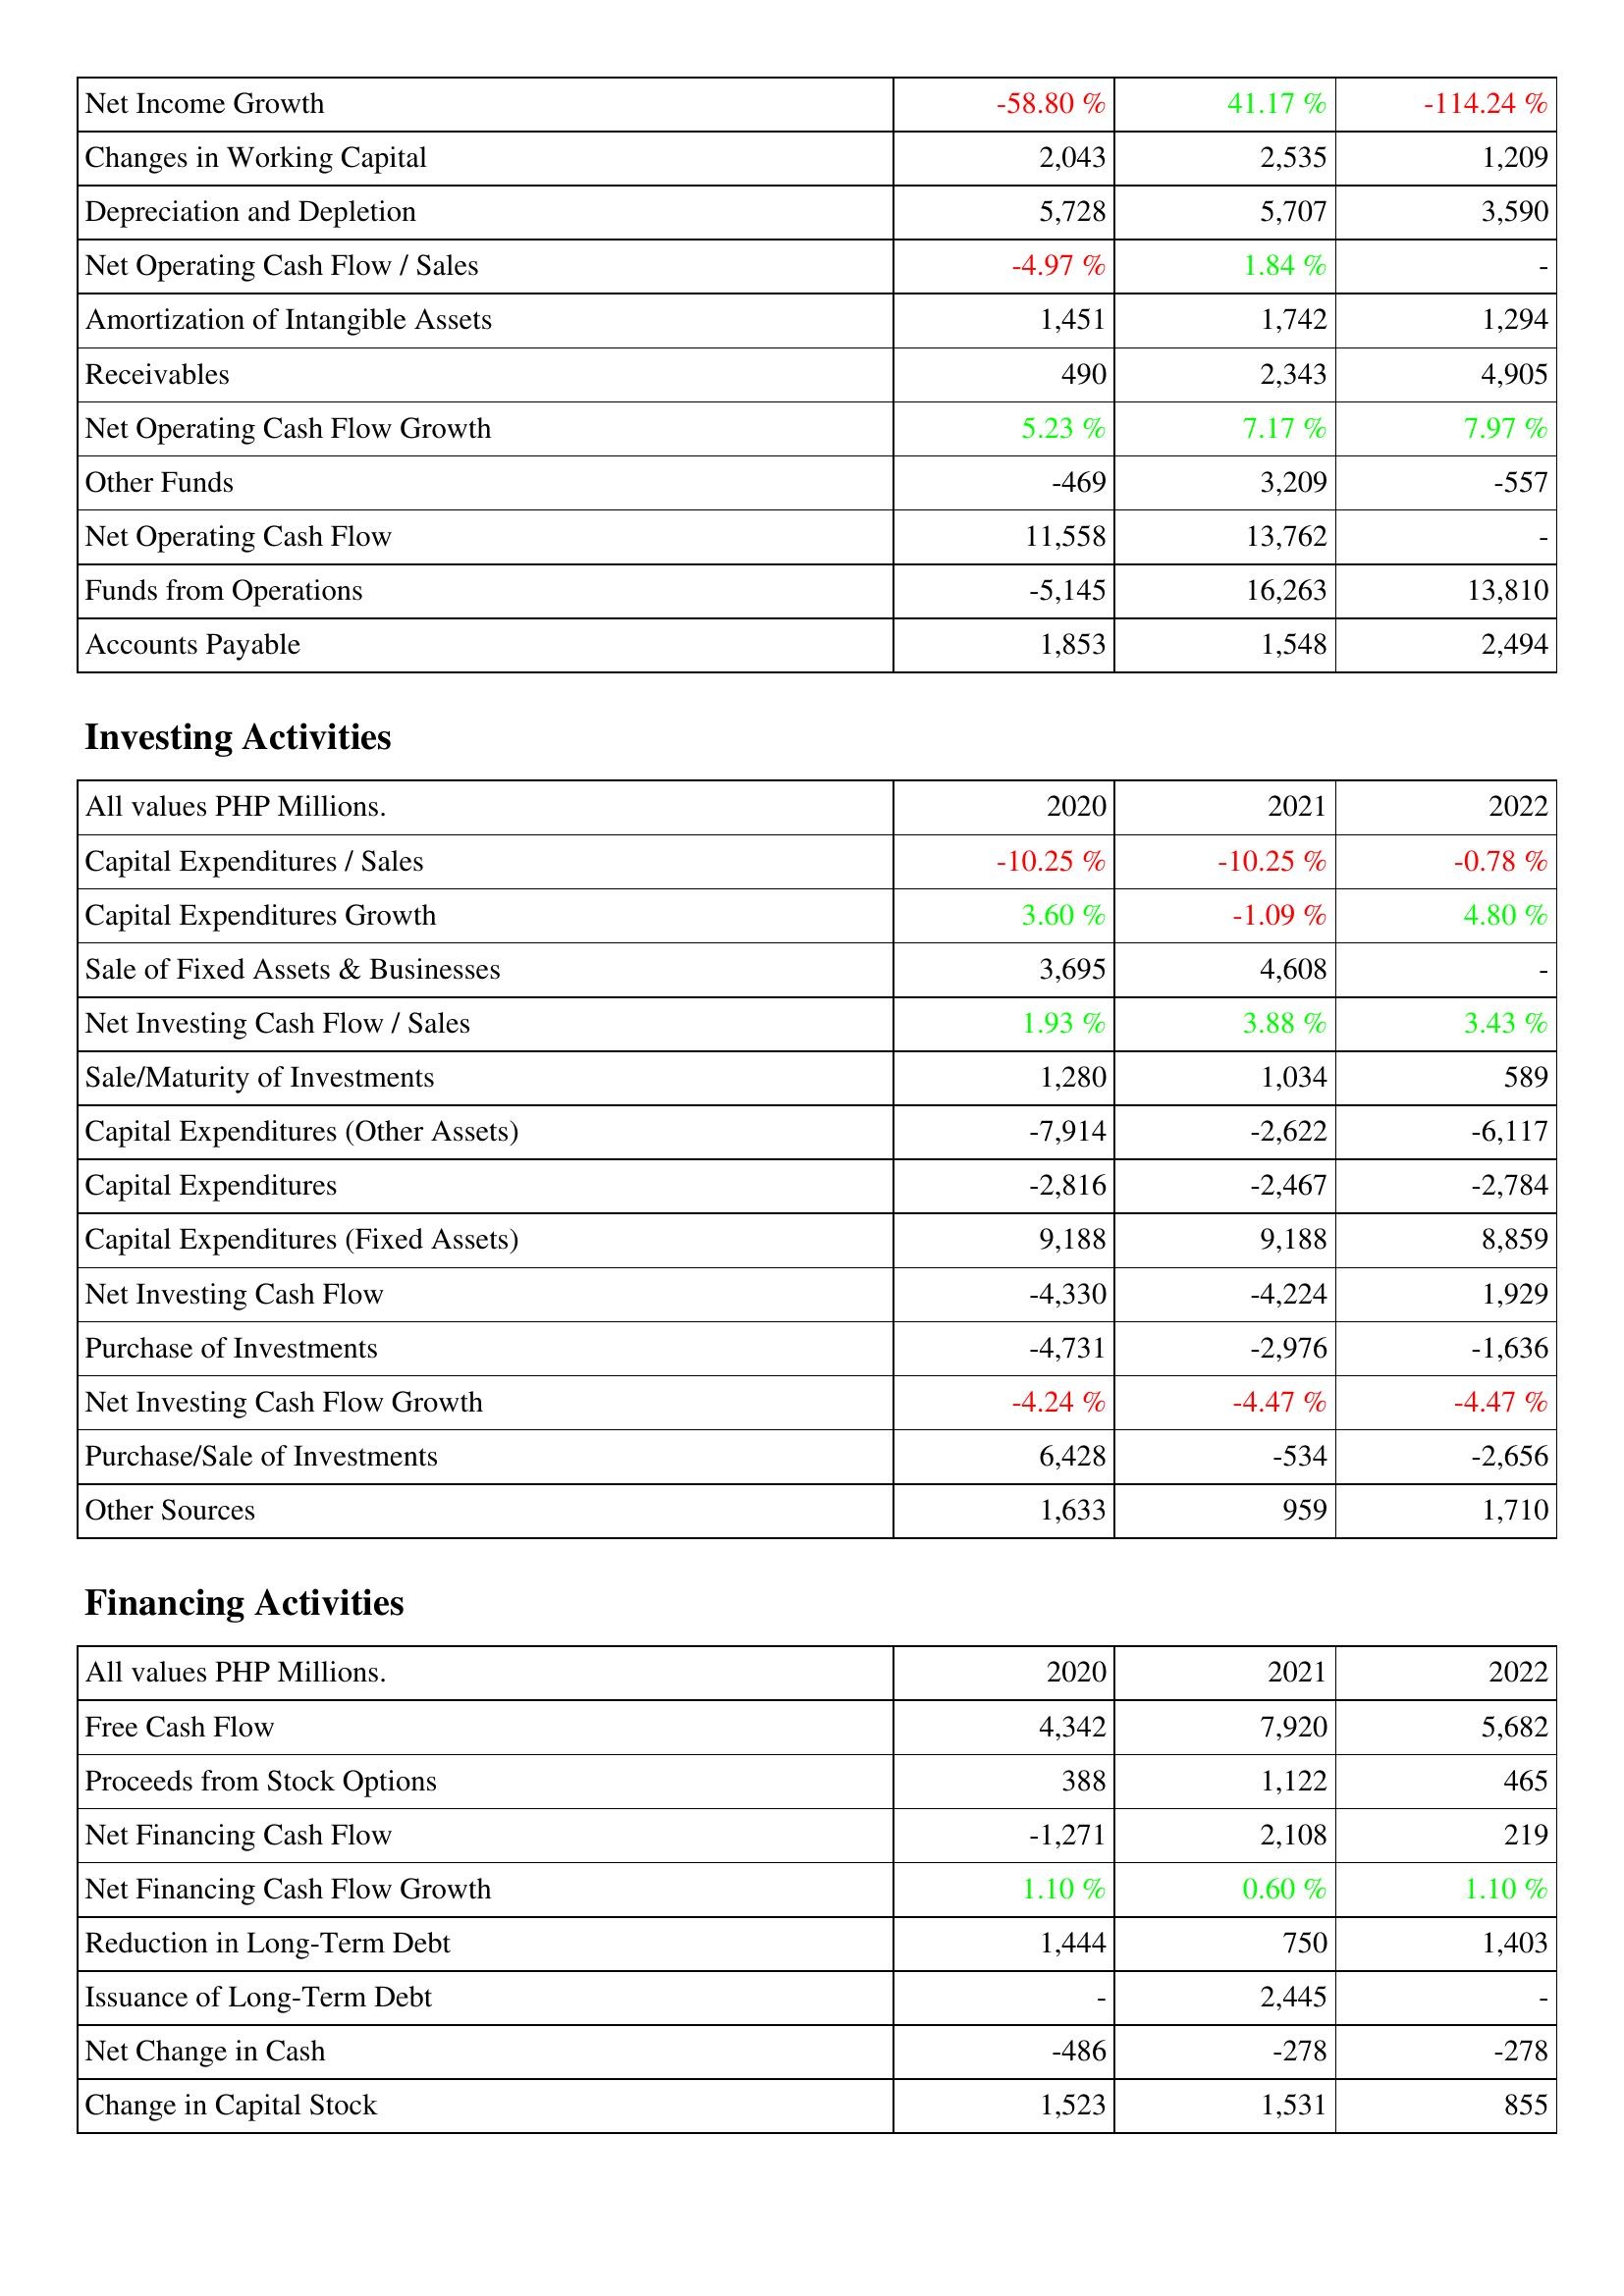
2020: Operating Activities: Net Income Growth: -58.80 %
Changes in Working Capital: 2,043
Depreciation and Depletion: 5,728
Net Operating Cash Flow / Sales: -4.97 %
Amortization of Intangible Assets: 1,451
Receivables: 490
Net Operating Cash Flow Growth: 5.23 %
Other Funds: -469
Net Operating Cash Flow: 11,558
Funds from Operations: -5,145
Accounts Payable: 1,853
Investing Activities: Capital Expenditures / Sales: -10.25 %
Capital Expenditures Growth: 3.60 %
Sale of Fixed Assets & Businesses: 3,695
Net Investing Cash Flow / Sales: 1.93 %
Sale/Maturity of Investments: 1,280
Capital Expenditures (Other Assets): -7,914
Capital Expenditures: -2,816
Capital Expenditures (Fixed Assets): 9,188
Net Investing Cash Flow: -4,330
Purchase of Investments: -4,731
Net Investing Cash Flow Growth: -4.24 %
Purchase/Sale of Investments: 6,428
Other Sources: 1,633
Financing Activities: Free Cash Flow: 4,342
Proceeds from Stock Options: 388
Net Financing Cash Flow: -1,271
Net Financing Cash Flow Growth: 1.10 %
Reduction in Long-Term Debt: 1,444
Issuance of Long-Term Debt: -
Net Change in Cash: -486
Change in Capital Stock: 1,523
2021: Operating Activities: Net Income Growth: 41.17 %
Changes in Working Capital: 2,535
Depreciation and Depletion: 5,707
Net Operating Cash Flow / Sales: 1.84 %
Amortization of Intangible Assets: 1,742
Receivables: 2,343
Net Operating Cash Flow Growth: 7.17 %
Other Funds: 3,209
Net Operating Cash Flow: 13,762
Funds from Operations: 16,263
Accounts Payable: 1,548
Investing Activities: Capital Expenditures / Sales: -10.25 %
Capital Expenditures Growth: -1.09 %
Sale of Fixed Assets & Businesses: 4,608
Net Investing Cash Flow / Sales: 3.88 %
Sale/Maturity of Investments: 1,034
Capital Expenditures (Other Assets): -2,622
Capital Expenditures: -2,467
Capital Expenditures (Fixed Assets): 9,188
Net Investing Cash Flow: -4,224
Purchase of Investments: -2,976
Net Investing Cash Flow Growth: -4.47 %
Purchase/Sale of Investments: -534
Other Sources: 959
Financing Activities: Free Cash Flow: 7,920
Proceeds from Stock Options: 1,122
Net Financing Cash Flow: 2,108
Net Financing Cash Flow Growth: 0.60 %
Reduction in Long-Term Debt: 750
Issuance of Long-Term Debt: 2,445
Net Change in Cash: -278
Change in Capital Stock: 1,531
2022: Operating Activities: Net Income Growth: -114.24 %
Changes in Working Capital: 1,209
Depreciation and Depletion: 3,590
Net Operating Cash Flow / Sales: -
Amortization of Intangible Assets: 1,294
Receivables: 4,905
Net Operating Cash Flow Growth: 7.97 %
Other Funds: -557
Net Operating Cash Flow: -
Funds from Operations: 13,810
Accounts Payable: 2,494
Investing Activities: Capital Expenditures / Sales: -0.78 %
Capital Expenditures Growth: 4.80 %
Sale of Fixed Assets & Businesses: -
Net Investing Cash Flow / Sales: 3.43 %
Sale/Maturity of Investments: 589
Capital Expenditures (Other Assets): -6,117
Capital Expenditures: -2,784
Capital Expenditures (Fixed Assets): 8,859
Net Investing Cash Flow: 1,929
Purchase of Investments: -1,636
Net Investing Cash Flow Growth: -4.47 %
Purchase/Sale of Investments: -2,656
Other Sources: 1,710
Financing Activities: Free Cash Flow: 5,682
Proceeds from Stock Options: 465
Net Financing Cash Flow: 219
Net Financing Cash Flow Growth: 1.10 %
Reduction in Long-Term Debt: 1,403
Issuance of Long-Term Debt: -
Net Change in Cash: -278
Change in Capital Stock: 855